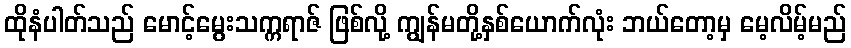
ထိုနံပါတ်သည် မောင့်မွေးသက္ကရာဇ် ဖြစ်လို့ ကျွန်မတို့နှစ်ယောက်လုံး ဘယ်တော့မှ မေ့လိမ့်မည်